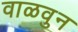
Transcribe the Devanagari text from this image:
वाळवुन